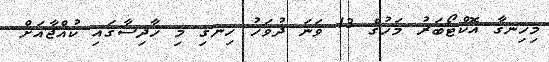
މިހިނގާ އޮކްޓޯބަރު މަހުގެ 13 ވަނަ ދުވަހު ހިނގި މި ހާދިސާގައި ކުއްޖާއަށް